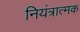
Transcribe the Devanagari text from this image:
नियंत्रात्मक